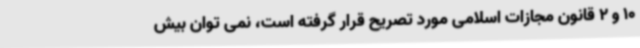
10 و 2 قانون مجازات اسلامی مورد تصریح قرار گرفته است، نمی توان بیش